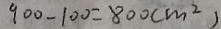
9 0 0 - 1 0 0 = 8 0 0 ( m ^ { 2 } )